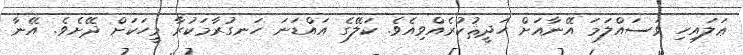
ޢަލައިހި ވަސައްލަމަ އޭނާއަށް ހަދީޘުކުރެއްވިއެވެ. ކަލޭގެ އައްޑަނަ ހަނގުރާމަކުރާ މީހަކަށް ދޭށެވެ. އޭނާ